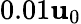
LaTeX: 0.01\mathbf{u}_{0}